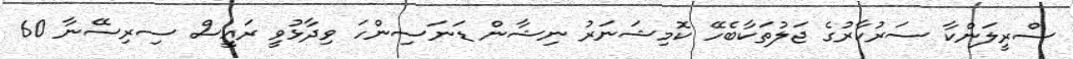
ސްރީލަންކާ ސަރުކާރުގެ ޖަލުތަކާބެހޭ ކޮމިޝަނަރު ނިޝާން ޑަނަސިންހަ ވިދާޅުވީ ރައީސް ސިރިސޭނާ 60